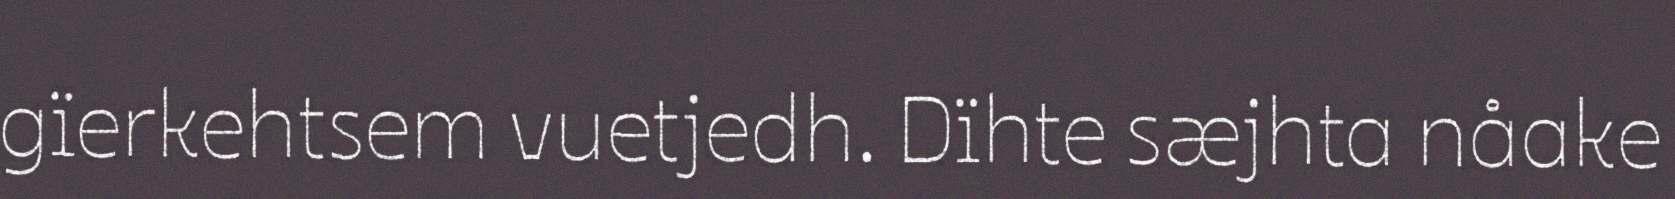
gïerkehtsem vuetjedh. Dïhte sæjhta nåake